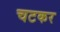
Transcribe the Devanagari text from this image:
चटकर